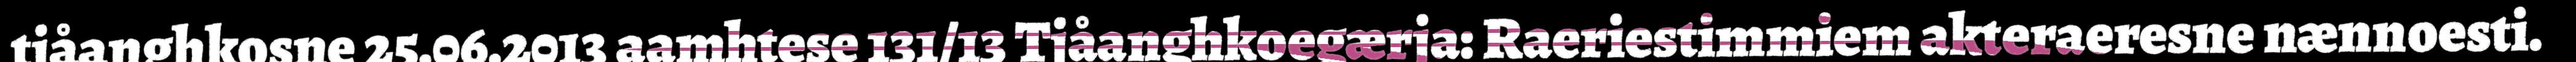
tjåanghkosne 25.06.2013 aamhtese 131/13 Tjåanghkoegærja: Raeriestimmiem akteraeresne nænnoesti.